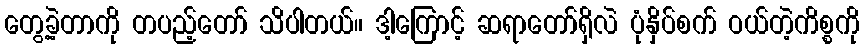
တွေ့ခဲ့တာကို တပည့်တော် သိပါတယ်။ ဒါ့ကြောင့် ဆရာတော်ရှိလဲ ပုံနှိပ်စက် ဝယ်တဲ့ကိစ္စကို